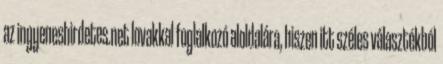
az ingyeneshirdetes.net lovakkal foglalkozó aloldalára, hiszen itt széles választékból